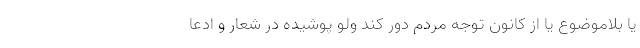
یا بلاموضوع یا از کانون توجه مردم دور کند ولو پوشیده در شعار و ادعا